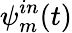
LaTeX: \psi_{\textit{m}}^{in}(\textit{t})